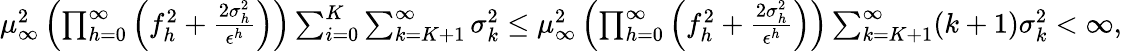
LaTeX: \begin{array}{r}{\mu_{\infty}^{2}\left(\prod_{h=0}^{\infty}\left(f_{h}^{2}+\frac{2\sigma_{h}^{2}}{\epsilon^{h}}\right)\right)\sum_{i=0}^{K}\sum_{k=K+1}^{\infty}\sigma_{k}^{2}\leq\mu_{\infty}^{2}\left(\prod_{h=0}^{\infty}\left(f_{h}^{2}+\frac{2\sigma_{h}^{2}}{\epsilon^{h}}\right)\right)\sum_{k=K+1}^{\infty}(k+1)\sigma_{k}^{2}<\infty,}\end{array}